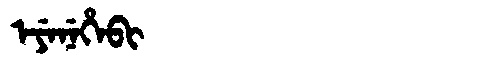
Manchu: ᡝᠶᡝᠨᡝᡥᡝᠪᡳ
Romanization: EYENEHEBI